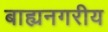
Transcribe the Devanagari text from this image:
बाह्यनगरीय